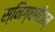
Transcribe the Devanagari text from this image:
स्निग्धबीजम्